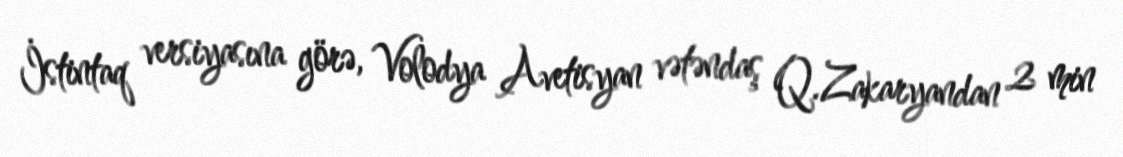
İstintaq versiyasına görə, Volodya Avetisyan vətəndaş Q.Zakaryandan 2 min